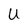
Character: U